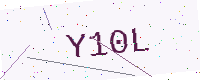
Text: Y10L